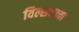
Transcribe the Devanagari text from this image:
विल्सनच्या